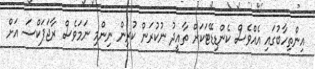
އިންތިހާބުގައި އެއްވެސް ކެންޑިޑޭޓަކަށް ތާއީދު ނުކުރަން ކުރިން ނިންމި ނަމަވެސް ރާޖަޕަކްސަ އަށް